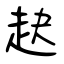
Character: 赽